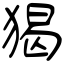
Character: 猲